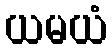
ယမယံ